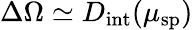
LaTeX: \Delta\Omega\simeq D_{\mathrm{int}}(\mu_{\mathrm{sp}})